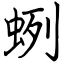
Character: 蛚